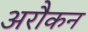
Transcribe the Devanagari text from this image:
अरौकन